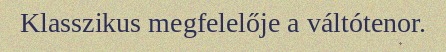
Klasszikus megfelelője a váltótenor.